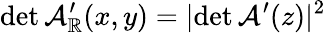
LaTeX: \operatorname*{det}\mathcal{A}_{\mathbb{R}}^{\prime}(x,y)=|\! \operatorname*{det}\mathcal{A}^{\prime}(z)|^{2}